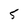
Character: 5